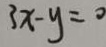
3 x - y = 0